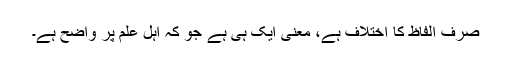
صرف الفاظ کا اختلاف ہے، معنی ایک ہی ہے جو کہ اہل علم پر واضح ہے۔